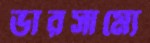
ভারসাম্যে